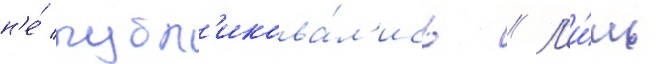
н'е́ публ'икова́л'ись // Л'и́шь